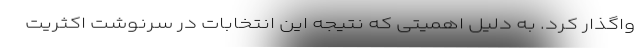
واگذار کرد. به دلیل اهمیتی که نتیجه این انتخابات در سرنوشت اکثریت